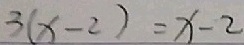
3 ( x - 2 ) = x - 2